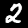
Label: 2